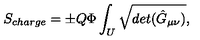
S _ { c h a r g e } = { \pm } Q { \Phi } \int _ { U } \sqrt { d e t ( { \hat { G } } _ { \mu \nu } ) } ,